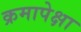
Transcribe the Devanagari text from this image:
क्रमापेक्षा